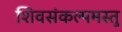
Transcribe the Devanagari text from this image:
शिवसंकल्पमस्तु